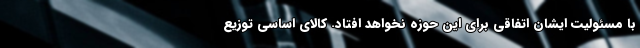
با مسئولیت ایشان اتفاقی برای این حوزه نخواهد افتاد. کالای اساسی توزیع